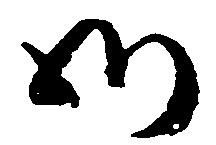
御